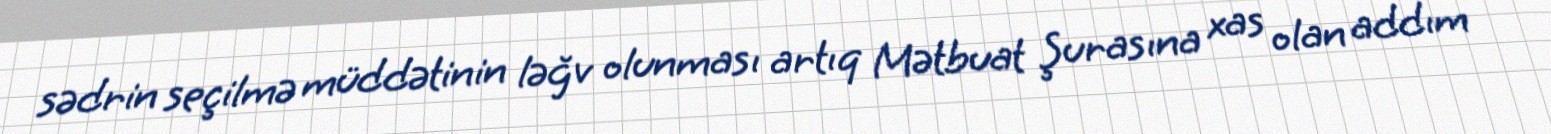
sədrin seçilmə müddətinin ləğv olunması artıq Mətbuat Şurasına xas olan addım